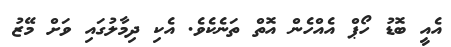
އެއީ ބޮޑު ހޯޕް އެއްހެން އޮތް ތަނެކެވެ. އެކި ދިމާލުގައި ވަށް މޭޒު